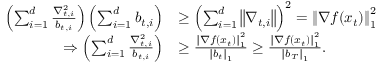
\begin{array} { r l } { \left( \sum _ { i = 1 } ^ { d } \frac { \nabla _ { t , i } ^ { 2 } } { b _ { t , i } } \right) \left( \sum _ { i = 1 } ^ { d } b _ { t , i } \right) } & { \geq \left( \sum _ { i = 1 } ^ { d } \left\Vert \nabla _ { t , i } \right\Vert \right) ^ { 2 } = \left\Vert \nabla f ( x _ { t } ) \right\Vert _ { 1 } ^ { 2 } } \\ { \Rightarrow \left( \sum _ { i = 1 } ^ { d } \frac { \nabla _ { t , i } ^ { 2 } } { b _ { t , i } } \right) } & { \geq \frac { \left\Vert \nabla f ( x _ { t } ) \right\Vert _ { 1 } ^ { 2 } } { \left\Vert b _ { t } \right\Vert _ { 1 } } \geq \frac { \left\Vert \nabla f ( x _ { t } ) \right\Vert _ { 1 } ^ { 2 } } { \left\Vert b _ { T } \right\Vert _ { 1 } } . } \end{array}